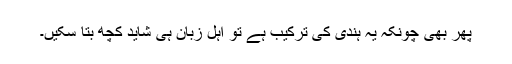
پھر بھی چونکہ یہ ہندی کی ترکیب ہے تو اہلِ زبان ہی شاید کچھ بتا سکیں۔